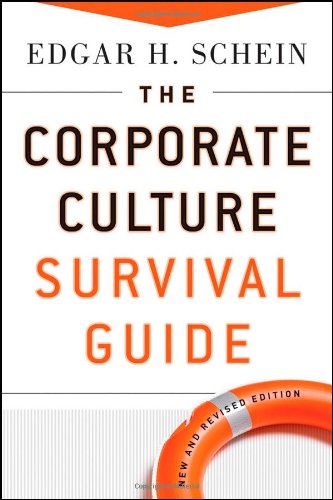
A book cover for The Corporate Culture Survival Guide; Edgar H. Schein; Business & Money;